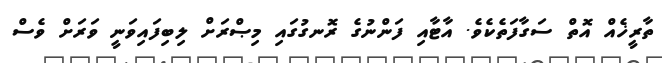
ތާރީޚެއް އޮތް ސަގާފަތެކެވެ. އާޓާއި ފަންނުގެ ރޮނގުގައި މިޞްރަށް ލިބިފައިވަނީ ވަރަށް ވެސް